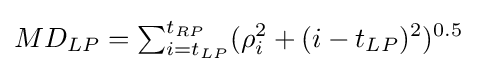
MD_{LP}=\textstyle \sum _{i=t_{LP}}^{t_{RP}}\displaystyle (\rho _{i}^{2}+(i-{t_{LP}})^{2})^{0.5}